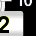
Digit: 2